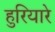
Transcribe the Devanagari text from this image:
हुरियारे